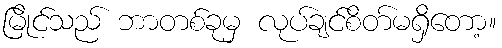
မြိုင်သည် ဘာတစ်ခုမှ လုပ်ချင်စိတ်မရှိတော့။